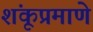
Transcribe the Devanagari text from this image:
शंकूप्रमाणे